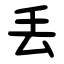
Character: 丢